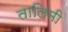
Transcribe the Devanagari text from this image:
तालिमी